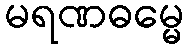
မရဏဓမ္မေ